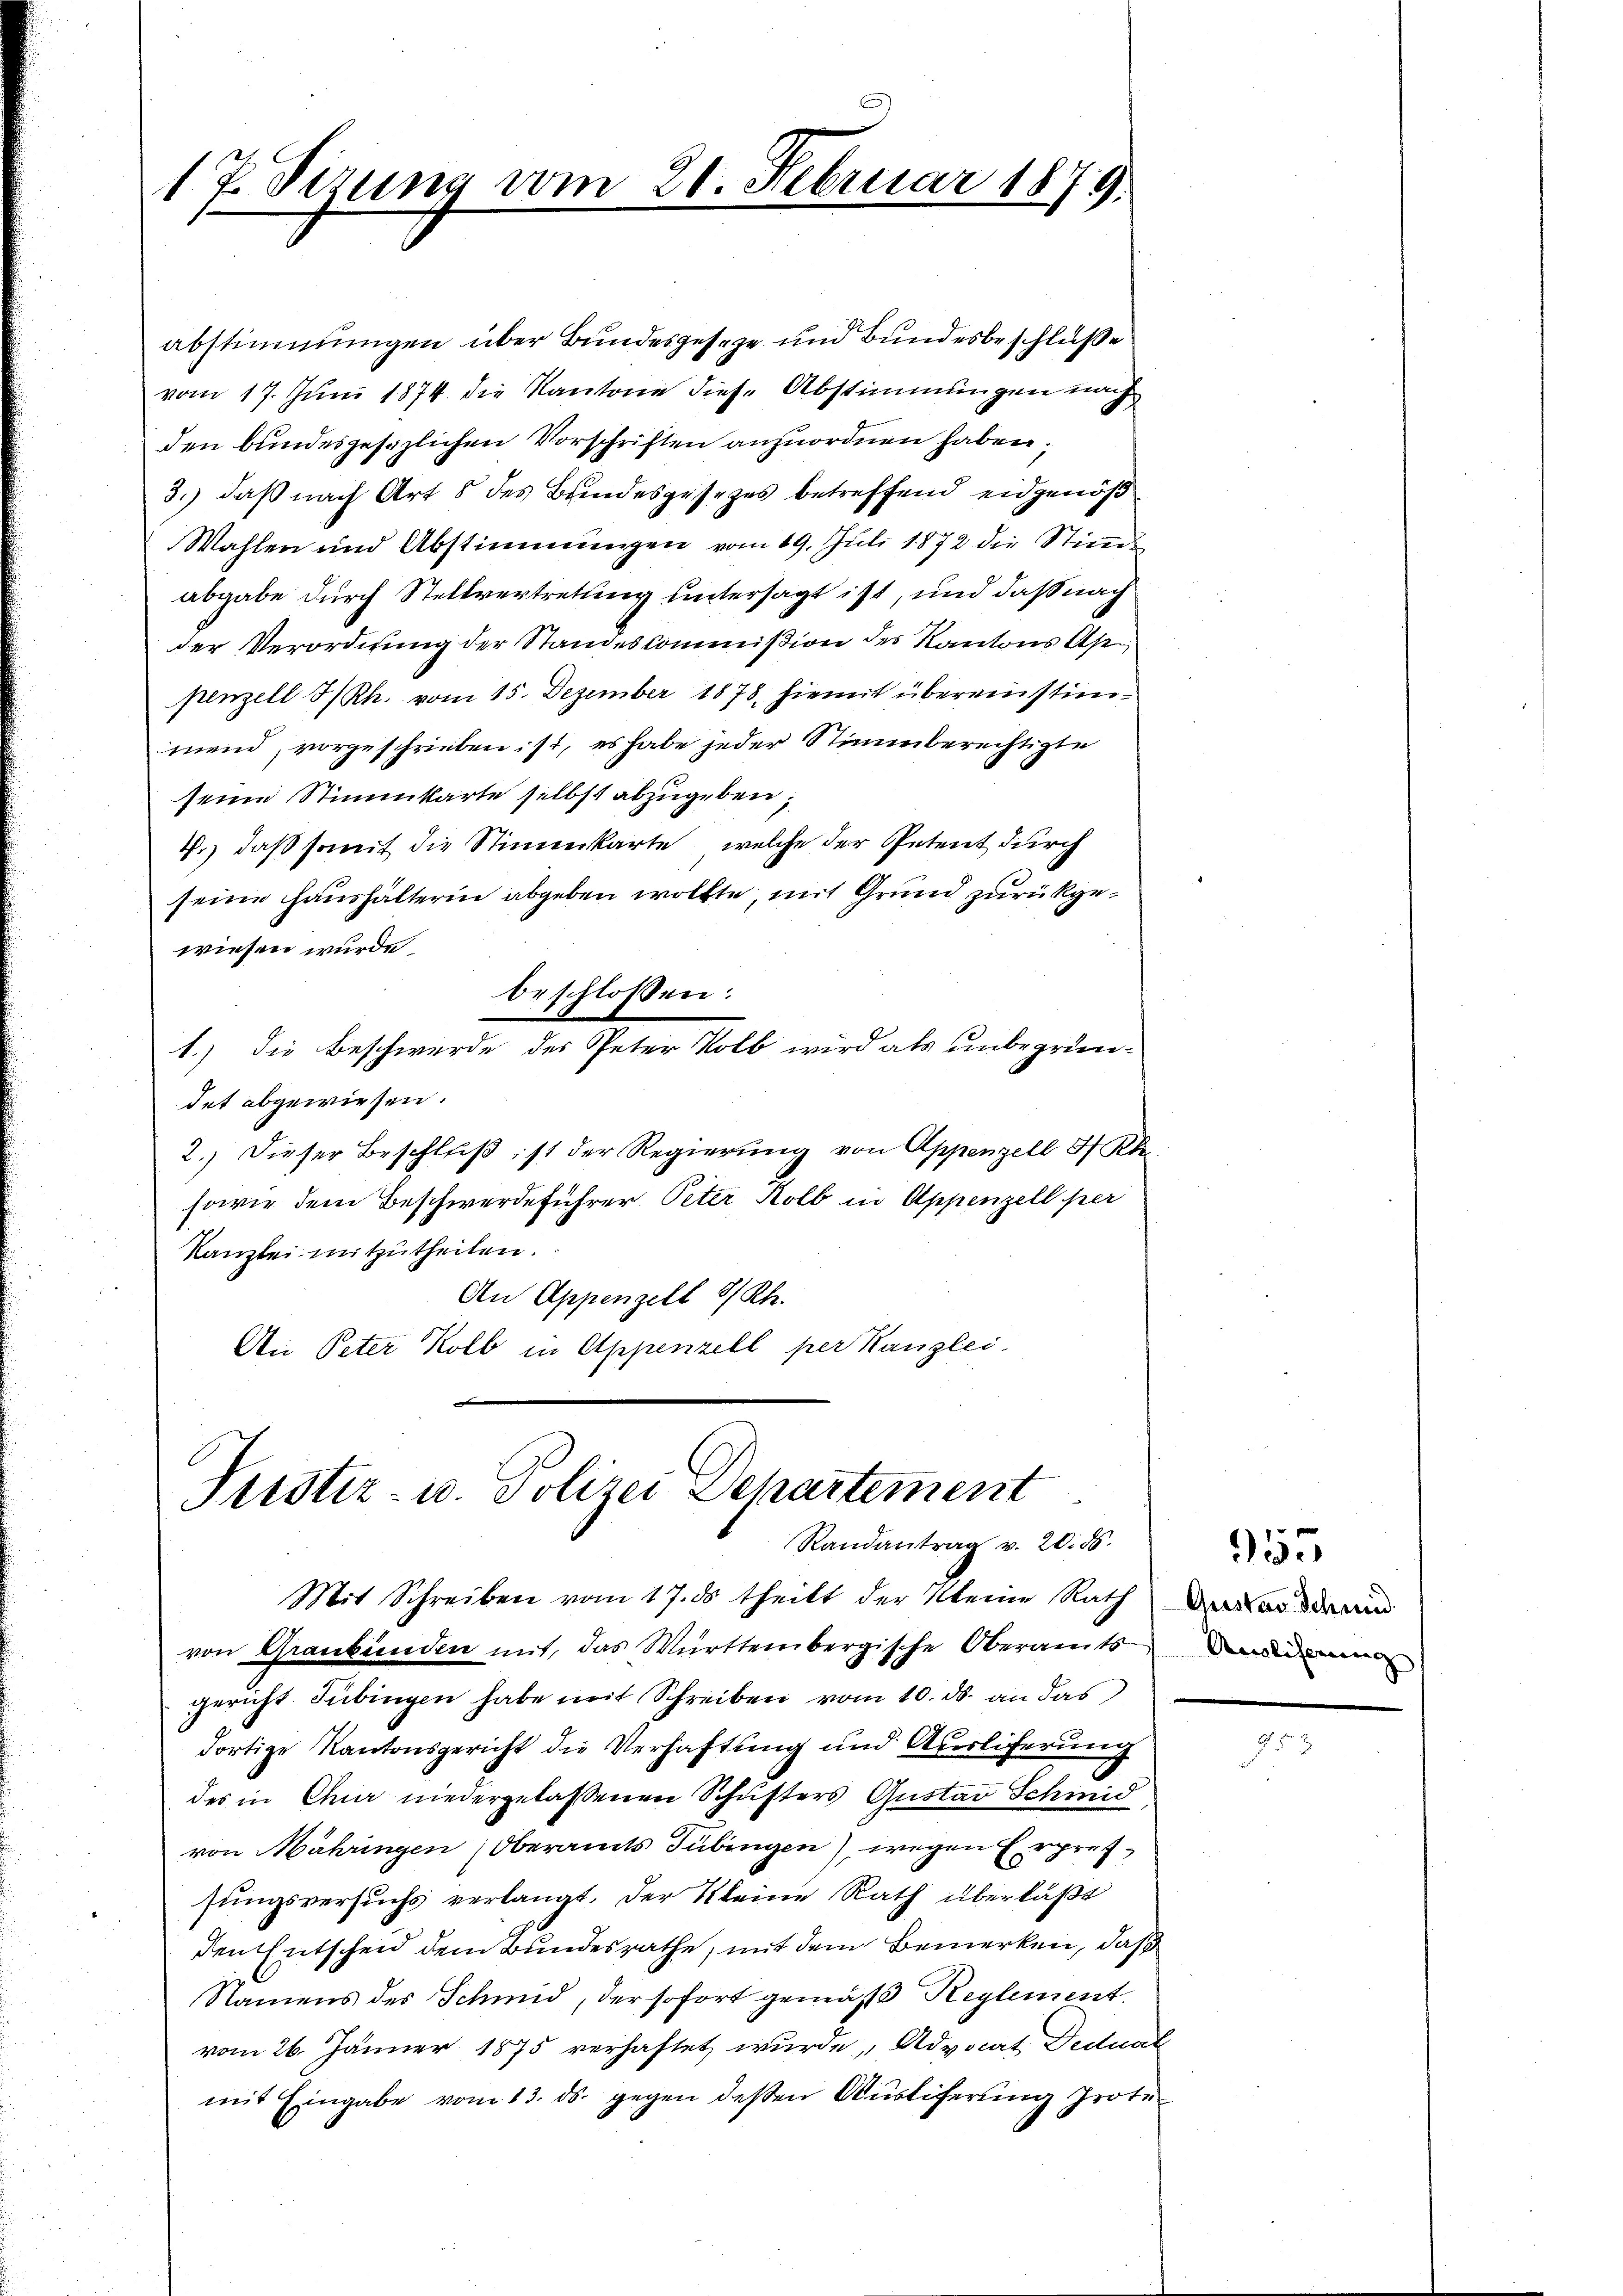
17. Sizung vom 21. Februar 1879.

abstimmungen über Bundesgeseze und Bundesbeschluße
vom 17. Juni 1874 die Kantone diese Abstimmungen nach
den bundesgesezlichen Vorschriften anzuordnen haben.
3.) daß nach Art 8 des Bundesgesezes betreffend eidgenöß
Wahlen und Abstimmungen vom 19. Juli 1872 die Stimm
abgabe durch Stellvertretung untersagt ist, und daß nach
der Verordnung der Standeskommißion des Kantons Appenzell I/Rh. vom 15. Dezember 1878, hiemit übereinstimmend, vorgeschrieben ist, es habe jeder Stimmberechtigte
seine Stimmukarte selbst abzugeben,
7.) daß somit die Stimmkarte, welche der Petent durch
seine Haushälterin abgeben wollte, mit Grund zurückgewiesen wurde.
beschlossen:
1.) Die Beschwerde des Peter Volb wird als unbegründet abgewiesen.
2.) Dieser Beschluß ist der Regierung von Appenzell I.Rh.
sowie dem Beschwerdeführer. Peter Kolb in Appenzell per
Kanzlei mitzutheilen.
An Appenzell 8/Rh.
An Peter Kolb in Appenzell per Kanzlei.

Trister- u. Polizei Dehartement
Randantrag v. 20. 56.

Mit Schreiben vom 17. ds theilt der Meine Ratharderun
von Graubünden mit, das Württembergische Oberamts Verdamman
gericht Tübingen habe mit Schreiben vom 10. ds. an das
dortige Kantonsgericht die Verhaftung und Ausliferung
des in Chur niedergelassenen Schusters Gustav Schmid
von Mähringen Oberamts Tübingen), wegen Erpretsungsversuchs verlangt. Der Kleine Rath überläßt
den Entscheid dem Bundesrathe, mit dem Bemerken, daß
Namens des Schmid, der sofort gemäß Reglement
vom 26. Jänner 1875 verhaftet wurde, Advocat Dedual
mit Eingabe vom 13. ds. gegen deßen Auslieferung prote

355